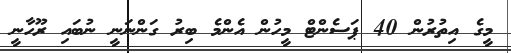
މީގެ އިތުރުން 40 ޕަސެންޓް މީހުން އެންމެ ބިރު ގަންނަނީ ނުބައި ރޫހާނީ